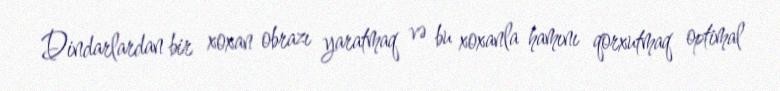
Dindarlardan bir xoxan obrazı yaratmaq və bu xoxanla hamını qorxutmaq optimal